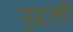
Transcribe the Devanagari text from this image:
पुढली